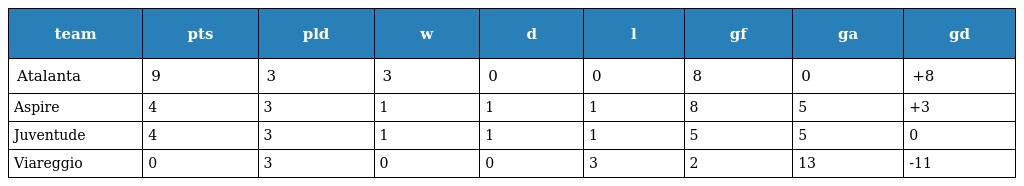
| team | pts | pld | w | d | l | gf | ga | gd |
 | --- | --- | --- | --- | --- | --- | --- | --- | --- |
 | Atalanta | 9 | 3 | 3 | 0 | 0 | 8 | 0 | +8 |
 | Aspire | 4 | 3 | 1 | 1 | 1 | 8 | 5 | +3 |
 | Juventude | 4 | 3 | 1 | 1 | 1 | 5 | 5 | 0 |
 | Viareggio | 0 | 3 | 0 | 0 | 3 | 2 | 13 | -11 |